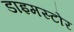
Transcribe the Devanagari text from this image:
डाइमस्टोर